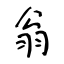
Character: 翁